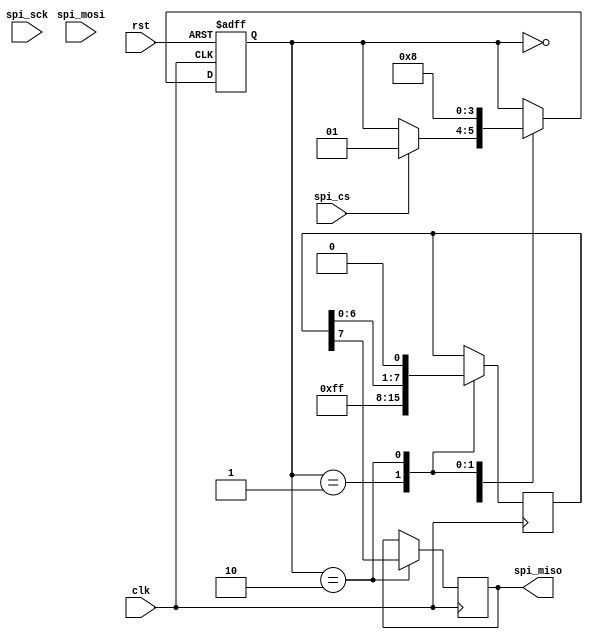
module spi_master (
  input wire clk,
  input wire rst,
  input wire spi_cs,
  input wire spi_sck,
  input wire spi_mosi,
  output wire spi_miso
);

// State definitions
parameter IDLE = 2'b00;
parameter START = 2'b01;
parameter TRANSFER = 2'b10;

// Signal definitions
reg [1:0] state;
reg [7:0] tx_buffer;
reg [7:0] rx_buffer;

// State machine
always @(posedge clk or posedge rst) begin
  if (rst) begin
    state <= IDLE;
  end else begin
    case(state)
      IDLE: begin
        if (spi_cs) begin
          state <= START;
        end
      end
      START: begin
        state <= TRANSFER;
      end
      TRANSFER: begin
        state <= IDLE;
      end
    endcase
  end
end

// Data transfer logic
always @(posedge clk) begin
  case(state)
    IDLE: begin
      // Do nothing
    end
    START: begin
      tx_buffer <= 8'hFF; // Start bit
    end
    TRANSFER: begin
      // Transmit data
      spi_miso <= tx_buffer[7];
      rx_buffer <= {rx_buffer[6:0], spi_mosi};
      tx_buffer <= {tx_buffer[6:0], 1'b0};
    end
  endcase
end

endmodule